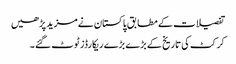
تفصیلات کے مطابق پاکستان نے مزید پڑھیں
کرکٹ کی تاریخ کے بڑے بڑے ریکارڈز ٹوٹ گئے ۔